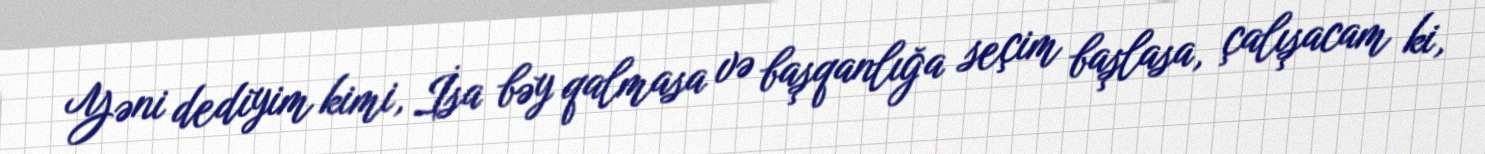
Yəni dediyim kimi, İsa bəy qalmasa və başqanlığa seçim başlasa, çalışacam ki,